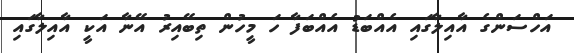
އަހްސަންގެ އާއިލާގައި އެއްބަޑު އެއްބަފާ ހަ މީހުން ތިބޭއިރު އޭނާ އަކީ އާއިލާގައި